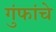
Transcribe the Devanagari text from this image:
गुंफांचे